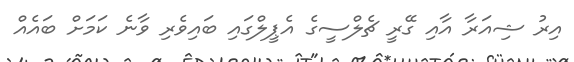
އިރު ޝިއަރާ އާއި ގޭރީ ޗެލްސީގެ އެޕީލްގައި ބައިވެރި ވާނެ ކަމަށް ބައެއް